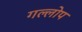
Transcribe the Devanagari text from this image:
गल्लोप